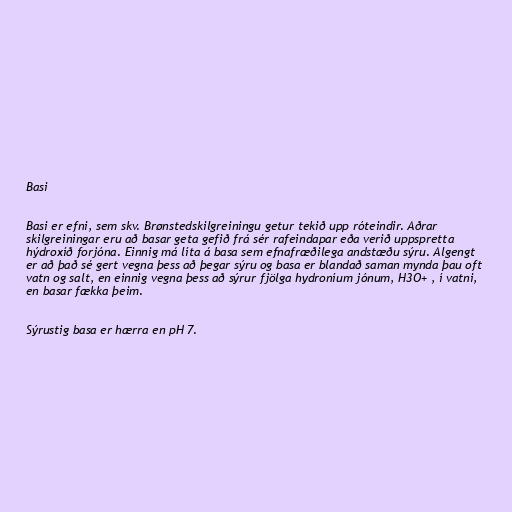
Basi

Basi er efni, sem skv. Brønstedskilgreiningu getur tekið upp róteindir. Aðrar
skilgreiningar eru að basar geta gefið frá sér rafeindapar eða verið uppspretta
hýdroxíð forjóna. Einnig má líta á basa sem efnafræðilega andstæðu sýru. Algengt
er að það sé gert vegna þess að þegar sýru og basa er blandað saman mynda þau oft
vatn og salt, en einnig vegna þess að sýrur fjölga hydroníum jónum, H3O+ , í vatni,
en basar fækka þeim.

Sýrustig basa er hærra en pH 7.